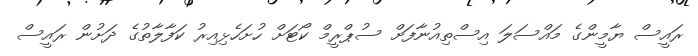
ރައީސް ޔާމީންގެ މައްސަލަ އިސްތިއުނާފަށް ސުޕްރީމް ކޯޓަށް ހުށަހެޅިއިރު ކަފާލާތުގެ ދަށުން ރައީސް